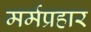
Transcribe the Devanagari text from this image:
मर्मप्रहार